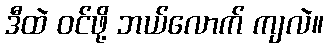
ဒီထဲ ဝင်ဖို့ ဘယ်လောက် ကျလဲ။